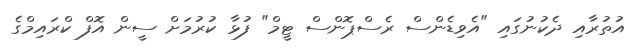
އުތުރާއި ދެކުނުގައި "އެވިޑެންސް ރެސްޕޮންސް ޓީމް" ފުޅާ ކުރުމަށް ސީން އޮފް ކްރައިމްގެ